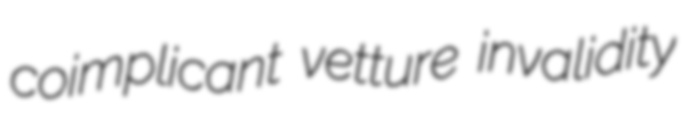
coimplicant vetture invalidity